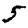
Digit: 5